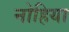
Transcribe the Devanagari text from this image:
नोहिया